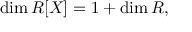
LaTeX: \dim R [ X ] = 1 + \dim R ,